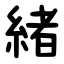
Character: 緒